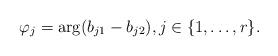
LaTeX: \begin{align*} \varphi_j = \arg(b_{j1}-b_{j2}), j \in \{1,\ldots,r\}.\end{align*}